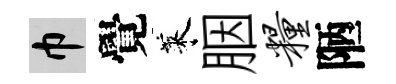
巾覺萊胭粮陋